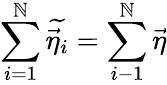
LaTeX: \sum_{i=1}^{\mathbb{N}}\widetilde{{\vec{{\eta}}_{i}}}=\sum_{i-1}^{\mathbb{N}}\vec{{\eta}}